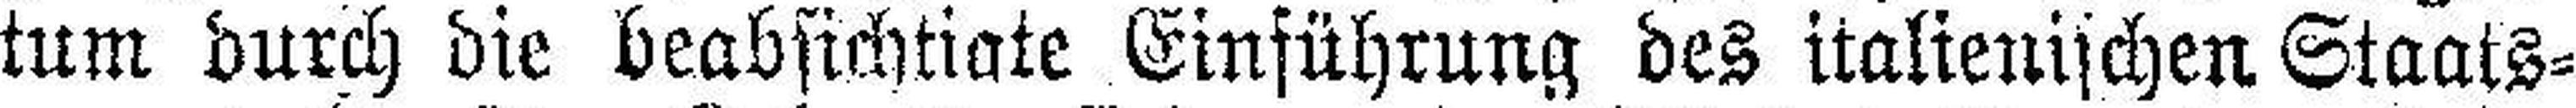
tum durch die beabsichtigte Einführung des italienischen Staats¬